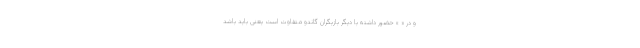
و در « » حضور داشته با دیگر بازیگران گاندو متفاوت است یعنی باید باشد